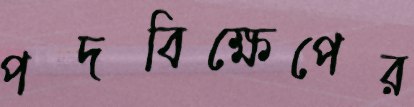
পদবিক্ষেপের